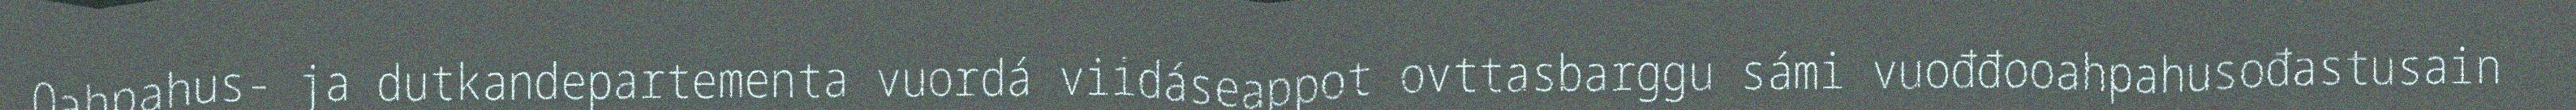
Oahpahus- ja dutkandepartementa vuordá viidáseappot ovttasbarggu sámi vuođđooahpahusođastusain